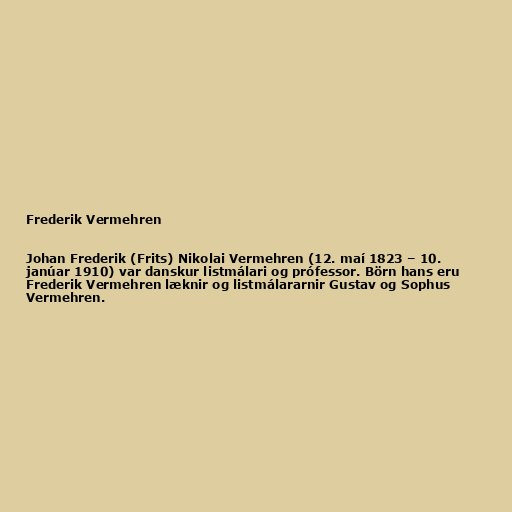
Frederik Vermehren

Johan Frederik (Frits) Nikolai Vermehren (12. maí 1823 – 10.
janúar 1910) var danskur listmálari og prófessor. Börn hans eru
Frederik Vermehren læknir og listmálararnir Gustav og Sophus
Vermehren.